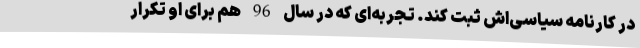
در کارنامه سیاسی‌اش ثبت کند. تجربه‌ای که در سال 96 هم برای او تکرار